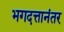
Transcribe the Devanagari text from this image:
भगदत्तानंतर